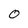
Character: 0